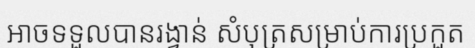
អាចទទួលបានរង្វាន់ សំបុត្រសម្រាប់ការប្រកួត